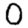
Digit: 0